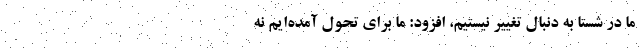
ما در شستا به دنبال تغییر نیستیم، افزود: ما برای تحول آمده‌ایم نه